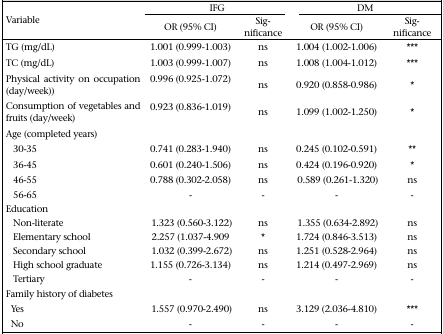
| <ROWSPAN=2> Variable | <COLSPAN=2> IFG | <COLSPAN=2> DM |
 | OR (95% CI) | Significance | OR (95% CI) | Significance |
 | --- | --- | --- | --- | --- |
 | TG (mg/dL) | 1.001 (0.999-1.003) | ns | 1.004 (1.002-1.006) | *** |
 | TC (mg/dL) | 1.003 (0.999-1.007) | ns | 1.008 (1.004-1.012) | *** |
 | Physical activity on occupation (day/week)) | 0.996 (0.925-1.072) | ns | 0.920 (0.858-0.986) | * |
 | Consumption of vegetables and fruits (day/week) | 0.923 (0.836-1.019) | ns | 1.099 (1.002-1.250) | * |
 | Age (completed years) |  |  |  |  |
 | 30-35 | 0.741 (0.283-1.940) | ns | 0.245 (0.102-0.591) | ** |
 | 36-45 | 0.601 (0.240-1.506) | ns | 0.424 (0.196-0.920) | * |
 | 46-55 | 0.788 (0.302-2.058) | ns | 0.589 (0.261-1.320) | ns |
 | 56-65 | - | - | - | - |
 | <COLSPAN=5> Education |
 | Non-literate | 1.323 (0.560-3.122) | ns | 1.355 (0.634-2.892) | ns |
 | Elementary school | 2.257 (1.037-4.909 | * | 1.724 (0.846-3.513) | ns |
 | Secondary school | 1.032 (0.399-2.672) | ns | 1.251 (0.528-2.964) | ns |
 | High school graduate | 1.155 (0.726-3.134) | ns | 1.214 (0.497-2.969) | ns |
 | Tertiary | - | - | - | - |
 | <COLSPAN=5> Family history of diabetes |
 | Yes | 1.557 (0.970-2.490) | ns | 3.129 (2.036-4.810) | *** |
 | No | - | - | - | - |